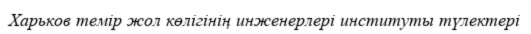
Харьков темір жол көлігінің инженерлері инcтитуты түлектері